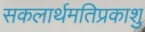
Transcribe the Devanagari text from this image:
सकलार्थमतिप्रकाशु